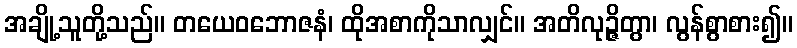
အချို့သူတို့သည်။ တယေဝဘောဇနံ၊ ထိုအစာကိုသာလျှင်။ အတိလုဉ္ဇိတွာ၊ လွန်စွာစား၍။